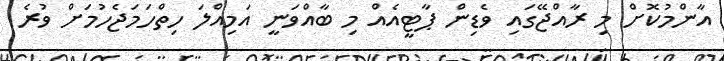
އާންމުކޮށް މި ރާއްޖޭގައި ވެޑިން ޕާޓީއެއް މި ބާއްވަނީ އަމިއްލަ ހިތްހަމަޖެހުމަށް ވުރެ